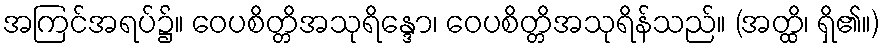
အကြင်အရပ်၌။ ဝေပစိတ္တိအသုရိန္ဒော၊ ဝေပစိတ္တိအသုရိန်သည်။ (အတ္ထိ၊ ရှိ၏။)